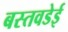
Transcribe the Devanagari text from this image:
बस्तवडेई